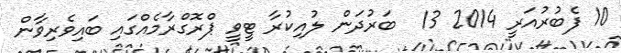
10 ފެބުރުއަރީ 2014 13  ބަރުދަން ލުއިކުރާ ޓީވީ ޕްރޮގްރާމެއްގައި ބައިވެރިވާން